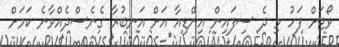
ވޯޓަށް ފަހު މި ދެ ސިފައިން އިންޑިއާ އަށް އަނބުރާ ގެނެސްދެއްވާނެ ކަމަށް